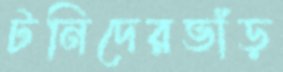
টনিদেরভাঁড়